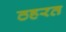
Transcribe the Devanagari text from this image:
ठहरत